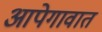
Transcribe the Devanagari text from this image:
आपेगावात